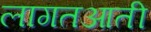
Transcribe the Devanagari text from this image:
लागतआती